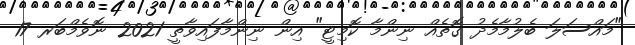
"މައްސަލަ ބެލުމާމެދު ގޮތެއް ނިންމާ ކޮމިޓީ" އިން ނިންމާފައިވާތީ 2021 ނޮވެމްބަރ 17